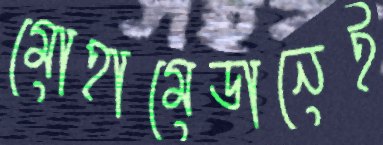
মোহামেডানেই